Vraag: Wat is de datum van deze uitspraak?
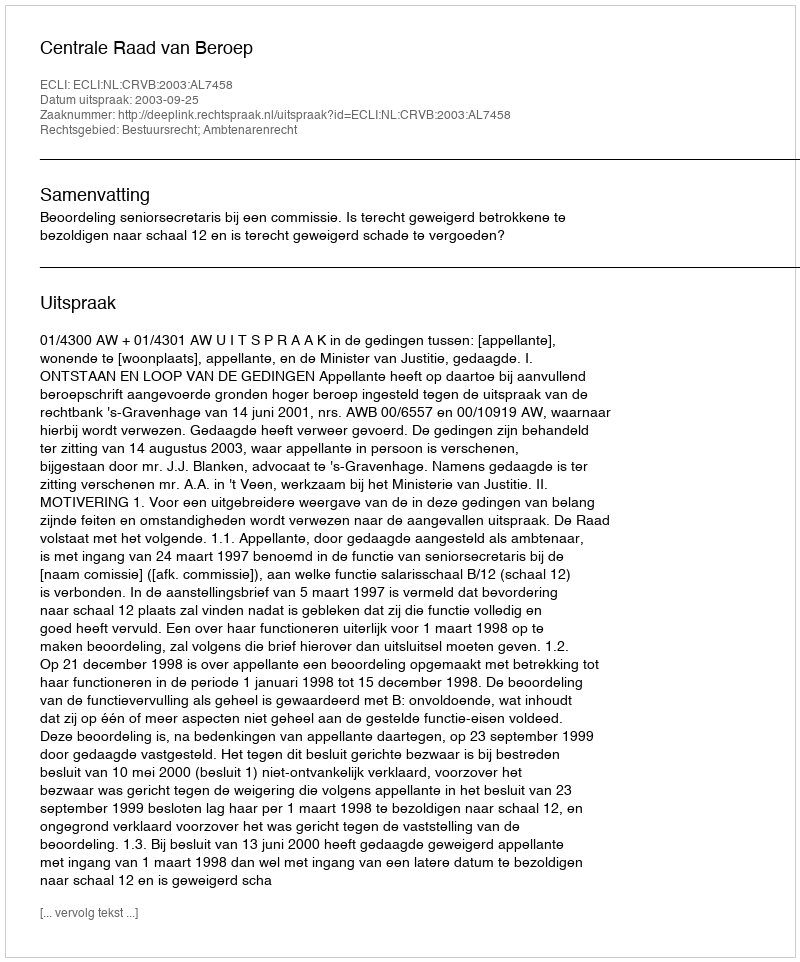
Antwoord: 2003-09-25